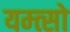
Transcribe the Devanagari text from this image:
यम्त्सो